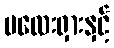
မလေးရှားနှင့်